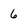
Character: 6